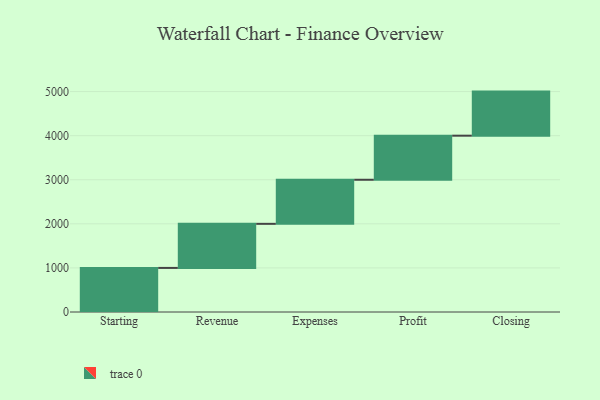
{"axis": {"x": "Step", "y": "Value"}, "legend": [""], "data": [{"x": "Starting", "y": 1000, "type": ""}, {"x": "Revenue", "y": 1000, "type": ""}, {"x": "Expenses", "y": 1000, "type": ""}, {"x": "Profit", "y": 1000, "type": ""}, {"x": "Closing", "y": 1000, "type": ""}]}